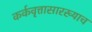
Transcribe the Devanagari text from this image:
कर्कवृत्तासारख्याच